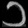
Digit: ၁